Report of an investigation into the causes of malaria in Bombay and the measures necessary for its control
Disease focus: Malaria
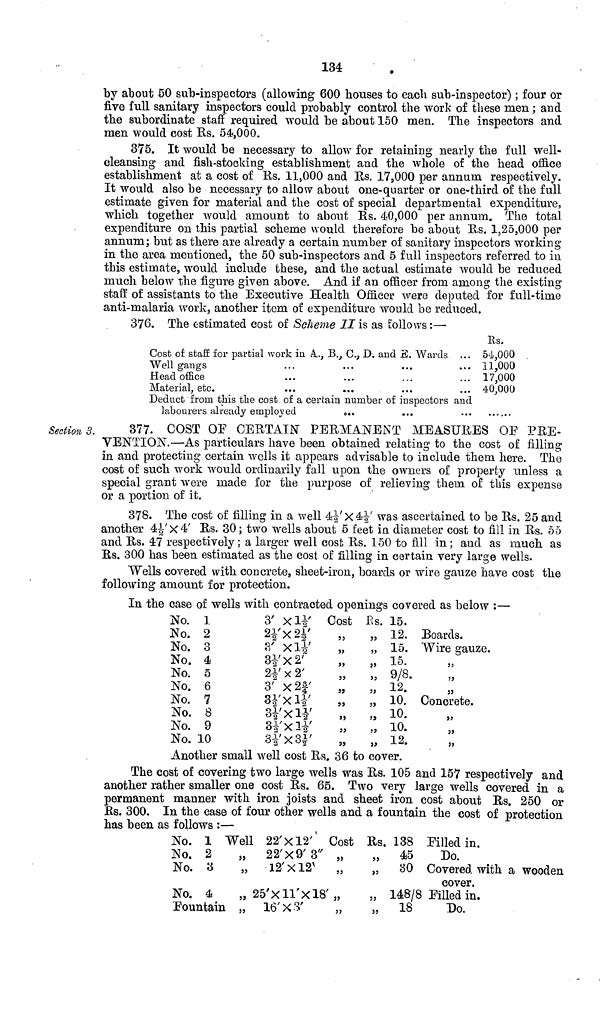
134
by about 50 sub-inspectors (allowing 600 houses to each sub-inspector) ; four or
five full sanitary inspectors could probably control the work of these men; and
the subordinate staff required would be about 150 men. The inspectors and
men would cost Rs. 54,000.
375. It would be necessary to allow for retaining nearly the full well-
cleansing and fish-stocking establishment and the whole of the head office
establishment at a cost of Rs. 11,000 and Rs. 17,000 per annum respectively.
It would also be necessary to allow about one-quarter or one-third of the full
estimate given for material and the cost of special departmental expenditure,
which together would amount to about Us. 40,000 per annum. The total
expenditure on this partial scheme would therefore bo about Rs. 1,25,000 per
annum; but as there are already a certain number of sanitary inspectors working
in the area mentioned, the 50 sub-inspectors and 5 full inspectors referred to in
this estimate, would include these, and the actual estimate would be reduced
much below the figure given above. And if an officer from among the existing
staff of assistants to the Executive Health Officer were deputed for full-time
anti-malaria work, another item of expenditure would be reduced,
376. The estimated cost of Scheme II is as follows:—
Cost of staff for partial work in A., B., C., D., and E. Wards ...
Well gangs
Head office
Material, etc.
...
...
Deduct from this the cost of a certain number of inspectors and
labourers already employed
„...
Rs.
54,000
11,000
17,000
40,000
• • « • •
Section 3.
377. COST OF CERTAIN PERMANENT MEASURES OF PRE-
VENTION.—As particulars have been obtained relating to the cost of filling
in and protecting certain wells it appears advisable to include them here. The
cost of such work would ordinarily fall upon the owners of property unless a
special grant were made for the purpose of relieving them of this expense
or a portion of it.
378. The cost of filling in a well 4½'X4½' was ascertained to be Rs. 25 and
another 4½'x4' Rs. 30; two wells about 5 feet in diameter cost to fill in Rs. 55
and Rs. 47 respectively; a larger well cost Rs. 150 to fill in; and as much as
Rs. 300 has been estimated as the cost of filling in certain very large wells.
Wells covered with concrete, sheet-iron, boards or wire gauze have cost the
following amount for protection.
In the case of wells with contracted openings covered as below :—
No. 1
No. 2
No. 3
No. 4
No. 5
No. 6
No. 7
No. 8
No. 9
No. 10
3' X 1½'
2½'x2½'
3' X 1½'
3½' x 2'
2½' x 2'
3' X 2¾'
3½' X 1½'
3½' X 1½'
3½' X 3½'
Cost
"
>}
"
"
39
"
5}
"
"
Rs.
"
"
"
"
"
"
"
"
"
15.
12.
15.
15.
9/8.
12.
10.
10.
10.
12.
Boards.
Wire gauze.
"
"
"
Concrete.
"
"
"
Another small well cost Rs. 36 to cover.
The cost of covering two large wells was Rs. 105 and 157 respectively and
another rather smaller one cost Rs. 65. Two very large wells covered in a
permanent manner with iron joists and sheet iron cost about Rs. 250 or
Rs. 300. In the case of four other wells and a fountain the cost of protection
has been as follows :—
No. 1 Well
No. 2
No. 3
„
No. 4
„
Fountain „
. 22' x 12'
22' X 9' 3"
12'X12'
25' X 11' X 18'
16' X 3'
Cost
"
"
>)
Rs.
"
"
"
"
138
45
30
148/8
18
Pilled in.
Do.
Covered with a wooden
cover.
Filled in.
Do.